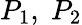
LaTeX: P_{1},\; P_{2}